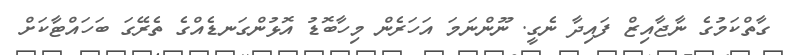
ގާތްކަމުގެ ނާޖާއިޒް ފައިދާ ނެގީ. ނޫންނަމަ އަހަރެން މިހާބޮޑު އޮޅުންގަނޑެއްގެ ތެރޭގަ ބަހައްޓާކަށް